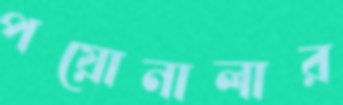
পয়োনালার